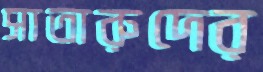
সাতারুদের